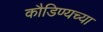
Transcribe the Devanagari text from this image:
कौडिण्यच्या